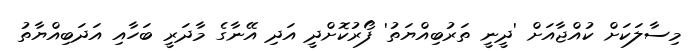
މިސާލަކަށް ކުއްޖާއަށް 'ދީނީ ތަރުބިއްޔަތު' ފޯރުކޮށްދީ އަދި އޭނާގެ މާދަރީ ބަހާއި އަދަބިއްޔާތު